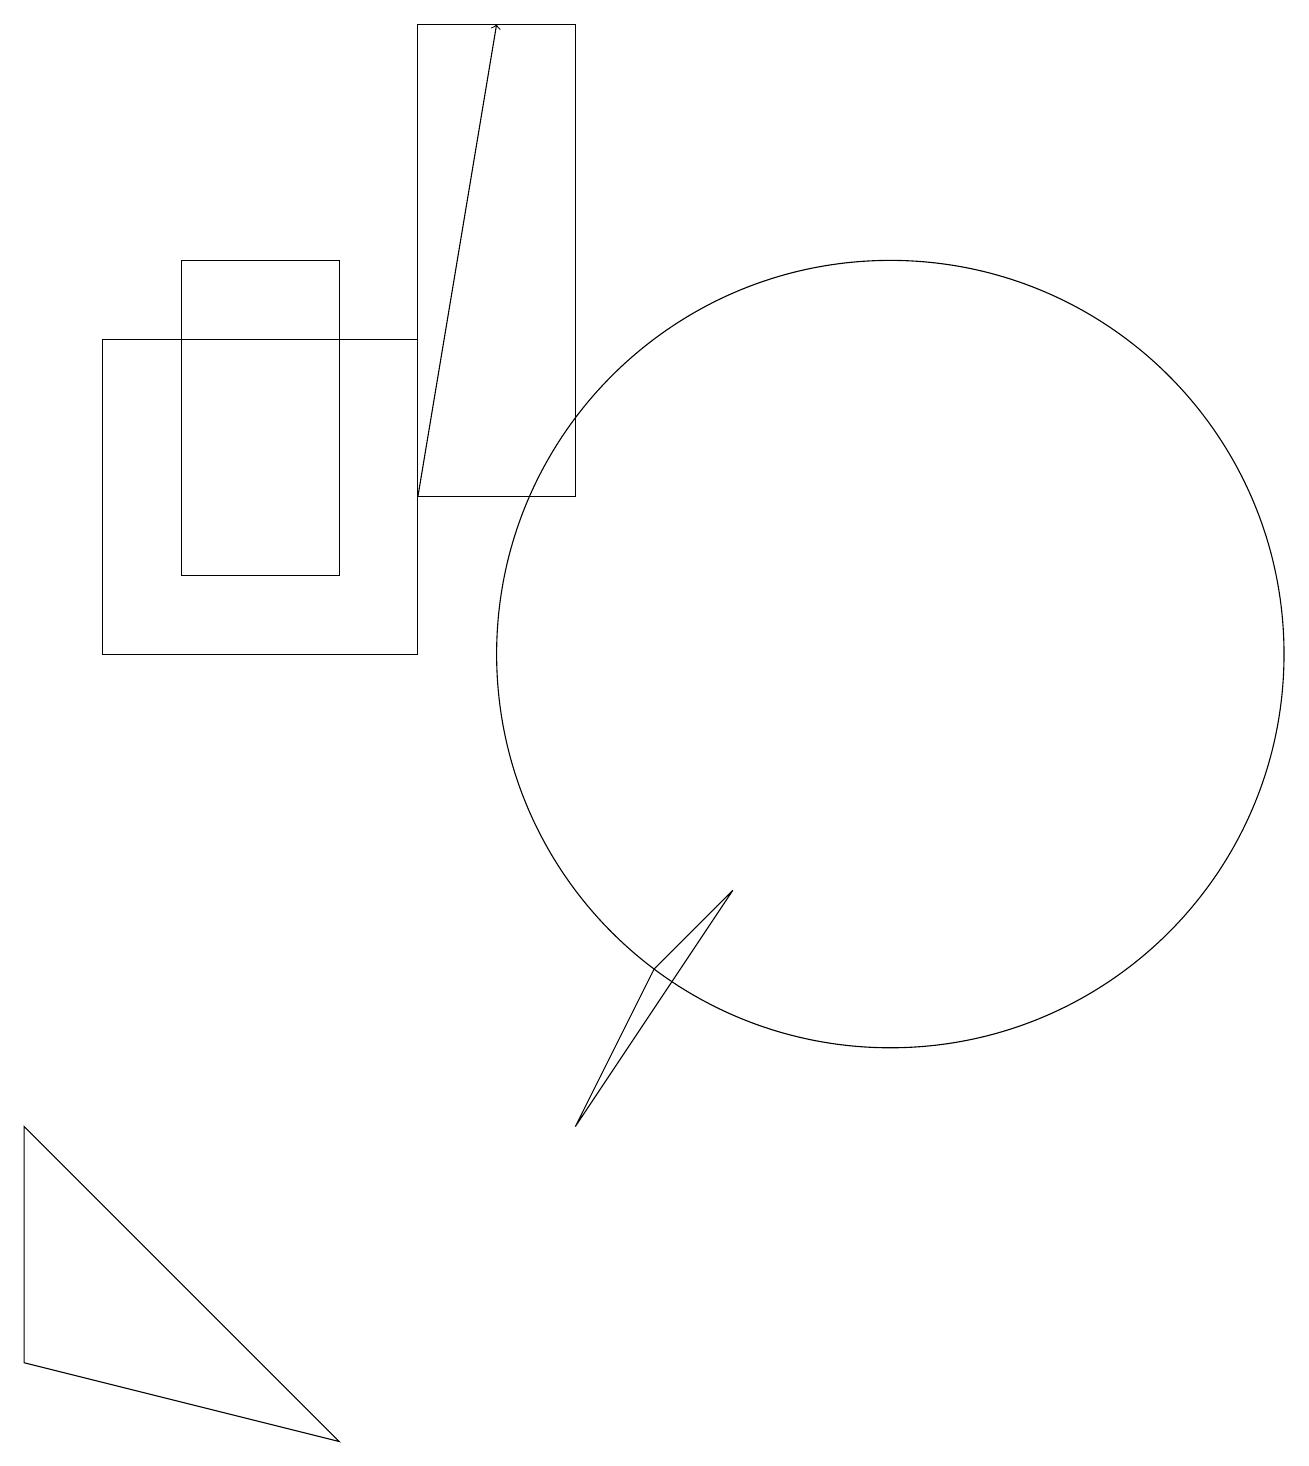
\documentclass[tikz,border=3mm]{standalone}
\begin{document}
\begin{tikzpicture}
\draw (9,8) -- (8,7) -- (7,5) -- cycle;
\draw (0,5) -- (4,1) -- (0,2) -- cycle;
\draw (11,11) circle (5);
\draw (2,16) rectangle (4,12);
\draw (7,19) rectangle (5,13);
\draw (1,15) rectangle (5,11);
\draw (11,10) circle (0);
\draw[->] (5,13) -- (6,19);
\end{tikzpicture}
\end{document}